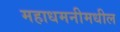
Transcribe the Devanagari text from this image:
महाधमनीमधील